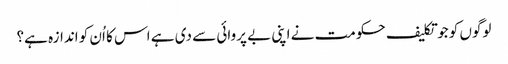
لوگوں کو جو تکلیف حکومت نے اپنی بے پروائی سے دی ہے اس کا اُن کو اندازہ ہے؟